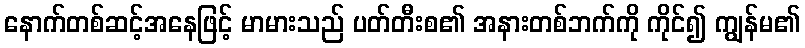
နောက်တစ်ဆင့်အနေဖြင့် မာမားသည် ပတ်တီးစ၏ အနားတစ်ဘက်ကို ကိုင်၍ ကျွန်မ၏